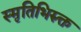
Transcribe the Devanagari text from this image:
स्मृतिभिरुक्त